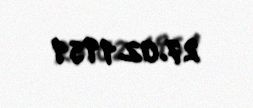
27.02.1951